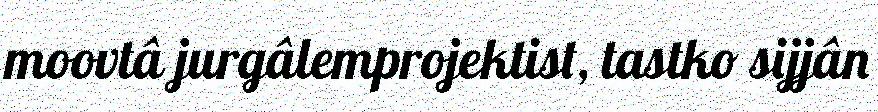
moovtâ jurgâlemprojektist, tastko sijjân